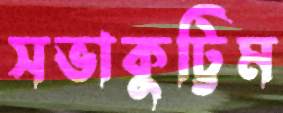
সভাকুট্টিম